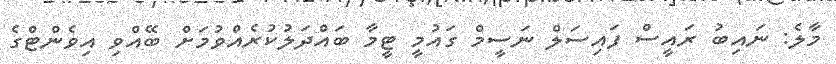
މާލެ: ނައިބު ރައީސް ފައިސަލް ނަސީމް ގައުމީ ޓީމާ ބައްދަލުކުރެއްވުމަށް ބޭއްވި އިވެންޓްގެ